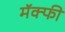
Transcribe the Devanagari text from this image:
मॅक्फी